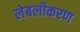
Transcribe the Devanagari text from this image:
लेबलीकरण